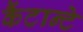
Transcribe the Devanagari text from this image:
कैंटान्टे